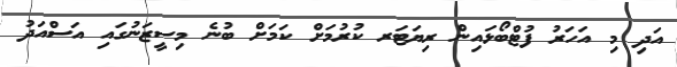
އަދި މި އަހަރު ފުޓްބޯޅައިން ރިޔަޓަރ ކުރުމަށް ކަމަށް ބުނެ މިސީޒަނުގައި އަސްއަދު